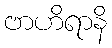
ဗာဟိရာနိ